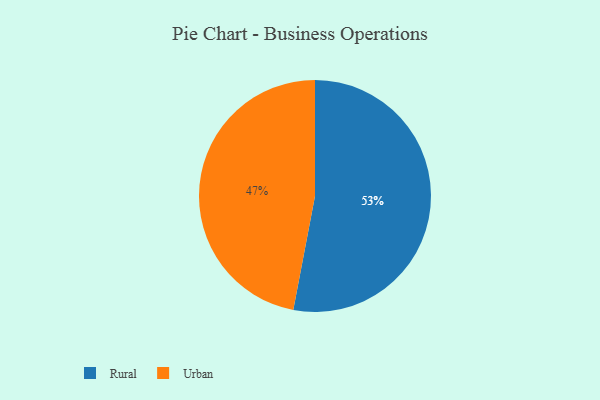
{"axis": {"x": "Category", "y": "Percentage"}, "legend": ["Rural", "Urban"], "data": [{"x": "Rural", "y": 53, "type": "Rural"}, {"x": "Urban", "y": 47, "type": "Urban"}]}